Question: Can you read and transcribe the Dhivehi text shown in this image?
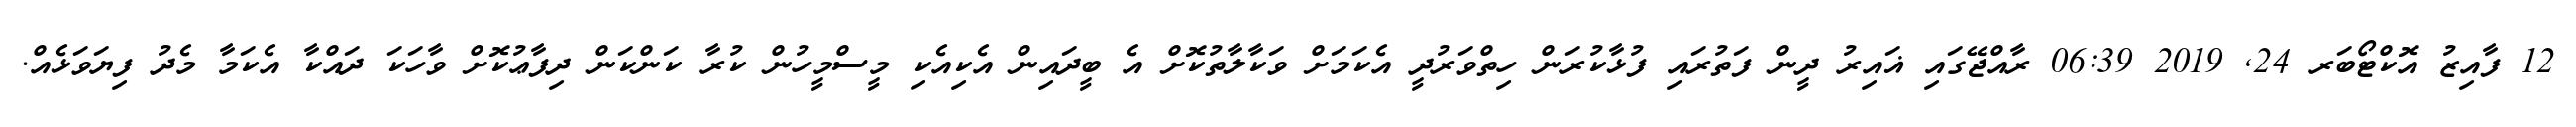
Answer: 12 ފާއިޒު އޮކްޓޯބަރ 24, 2019 06:39 ރާއްޖޭގައި ޣައިރު ދީން ފަތުރައި ފުޅާކުރަން ހިތްވަރުދީ އެކަމަށް ވަކާލާތުކޮށް އެ ބީދައިން އެކިއެކި މީސްމީހުން ކުރާ ކަންކަން ދިފާޢުކޮށް ވާހަކަ ދައްކާ އެކަމާ މެދު ފިޔަވަޅެއް.